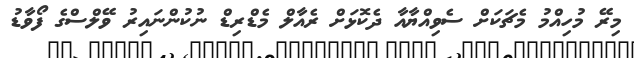
މިރޭ މުހިއްމު މެޗަކަށް ސެވިއްޔާއާ ދެކޮޅަށް ރެއާލް މެޑްރިޑް ނުކުންްނައިރު ވޭލްސްގެ ފޯވާޑު